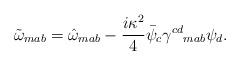
LaTeX: \begin{align*}\tilde{\omega}_{mab}=\hat{\omega}_{mab}-\frac{i\kappa^2}{4}\bar{\psi}_c\gamma^{cd}{}_{mab}\psi_d.\end{align*}